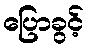
ပြောခွင့်